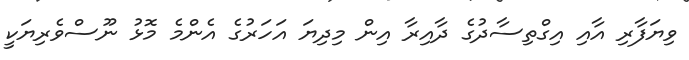
ވިޔަފާރި އާއި އިގްތިސާދުގެ ދާއިރާ އިން މިދިޔަ އަހަރުގެ އެންމެ މޮޅު ނޫސްވެރިޔަކީ